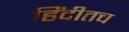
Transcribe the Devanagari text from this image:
हिंदीतच